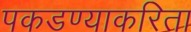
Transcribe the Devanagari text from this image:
पकडण्याकरिता